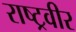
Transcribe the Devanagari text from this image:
राष्ट्रवीर